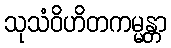
သုသံဝိဟိတကမ္မန္တာ